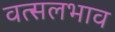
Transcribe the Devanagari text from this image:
वत्सलभाव